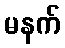
မနက်